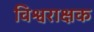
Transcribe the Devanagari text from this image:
विश्वराक्षक